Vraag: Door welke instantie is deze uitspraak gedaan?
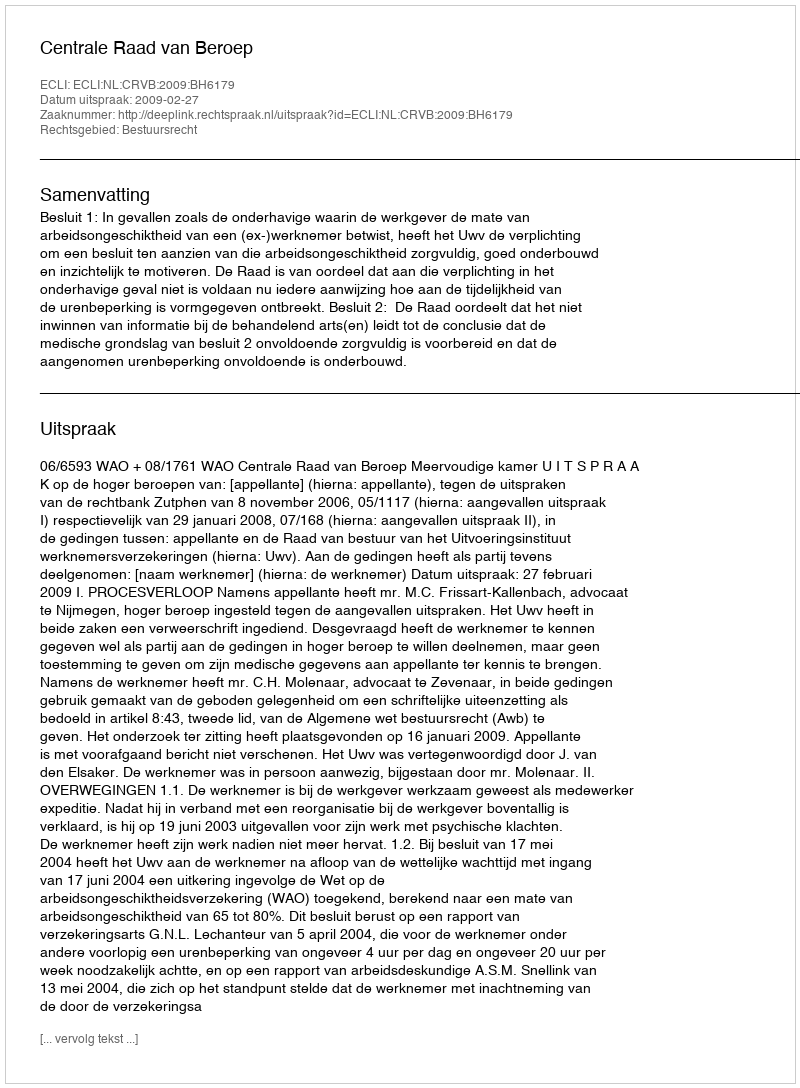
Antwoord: Centrale Raad van Beroep